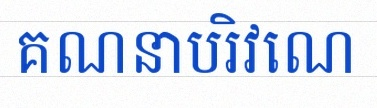
គណនាបរិវេណ